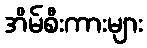
အိမ်စီးကားများ